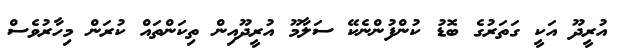
އުރީދޫ އަކީ ގަތަރުގެ ބޮޑު ކުންފުންނެކޭ ސަލާމޫ އުރީދޫއިން ތިކަންތައް ކުރަން މިހާރުވެސް